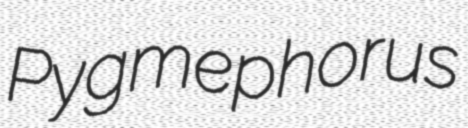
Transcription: Pygmephorus